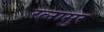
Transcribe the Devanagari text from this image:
रत्नासुर